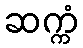
ဆက္ကံ